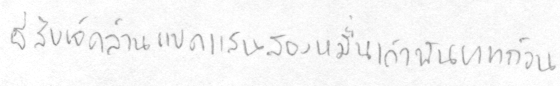
ยี่สิบเจ็ดล้านแปดแสนสองหมื่นเก้าพันบาทถ้วน